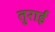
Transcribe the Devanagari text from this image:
तुराई